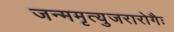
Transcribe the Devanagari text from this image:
जन्ममृत्युजरारोगैः